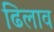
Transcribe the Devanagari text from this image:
ढिलाव